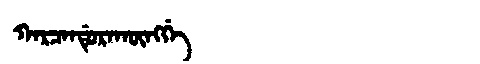
Manchu: ᡴᠠᡵᠴᠠᠨᡩᡠᡵᠠᡴᡡᠩᡤᡝ
Romanization: KARCANDURAKŪNGGE